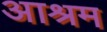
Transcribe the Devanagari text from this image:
अाश्रम